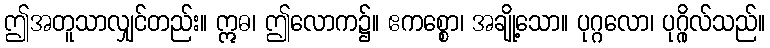
ဤအတူသာလျှင်တည်း။ ဣဓ၊ ဤလောက၌။ ဧကစ္စော၊ အချို့သော။ ပုဂ္ဂလော၊ ပုဂ္ဂိုလ်သည်။